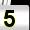
Digit: 5